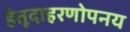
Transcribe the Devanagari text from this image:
हेतूदाहरणोपनय